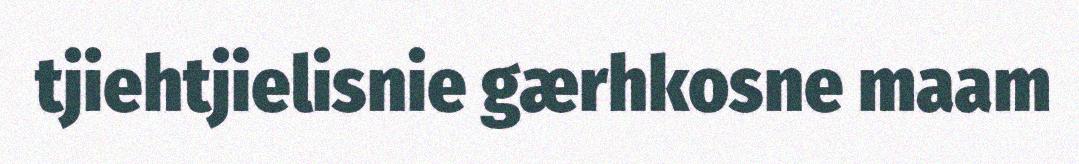
tjiehtjielisnie gærhkosne maam